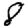
Digit: 8